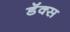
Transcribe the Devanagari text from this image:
डॅक्स